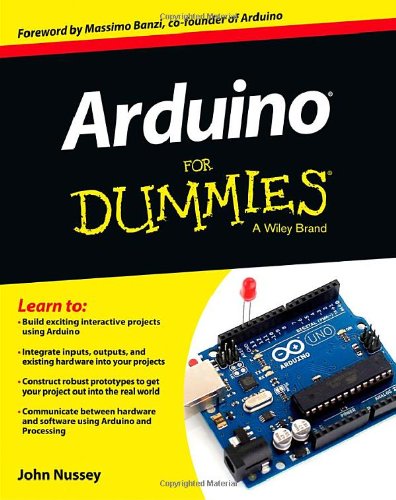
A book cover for Arduino For Dummies; John Nussey; Computers & Technology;